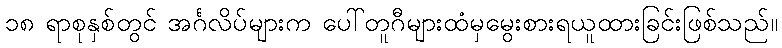
၁၈ ရာစုနှစ်တွင် အင်္ဂလိပ်များက ပေါ်တူဂီများထံမှမွေးစားရယူထားခြင်းဖြစ်သည်။